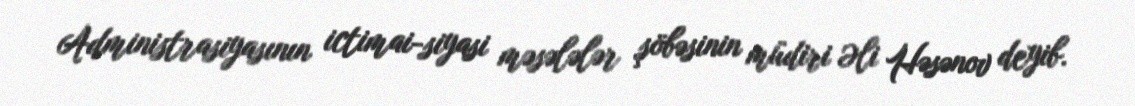
Administrasiyasının ictimai-siyasi məsələlər şöbəsinin müdiri Əli Həsənov deyib.